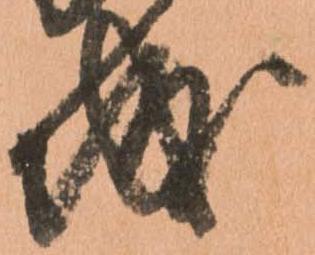
城